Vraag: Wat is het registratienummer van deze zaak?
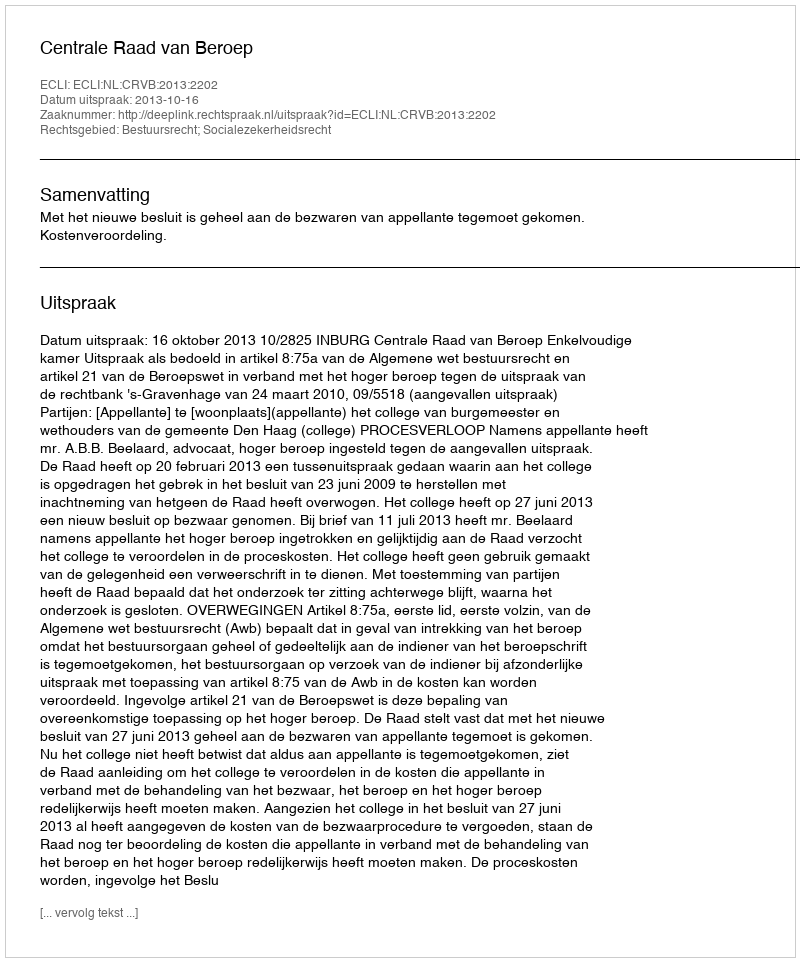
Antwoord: http://deeplink.rechtspraak.nl/uitspraak?id=ECLI:NL:CRVB:2013:2202